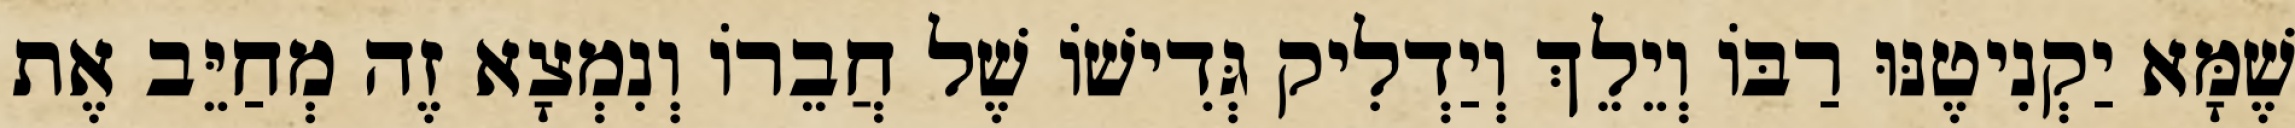
שֶׁמָּא יַקְנִיטֶנּוּ רַבּוֹ וְיֵלֵךְ וְיַדְלִיק גְּדִישׁוֹ שֶׁל חֲבֵרוֹ וְנִמְצָא זֶה מְחַיֵּב אֶת